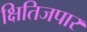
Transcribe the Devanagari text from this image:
क्षितिजपार